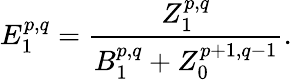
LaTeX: E_{1}^{p,q}={\frac{Z_{1}^{p,q}}{B_{1}^{p,q}+Z_{0}^{p+1,q-1}}}.